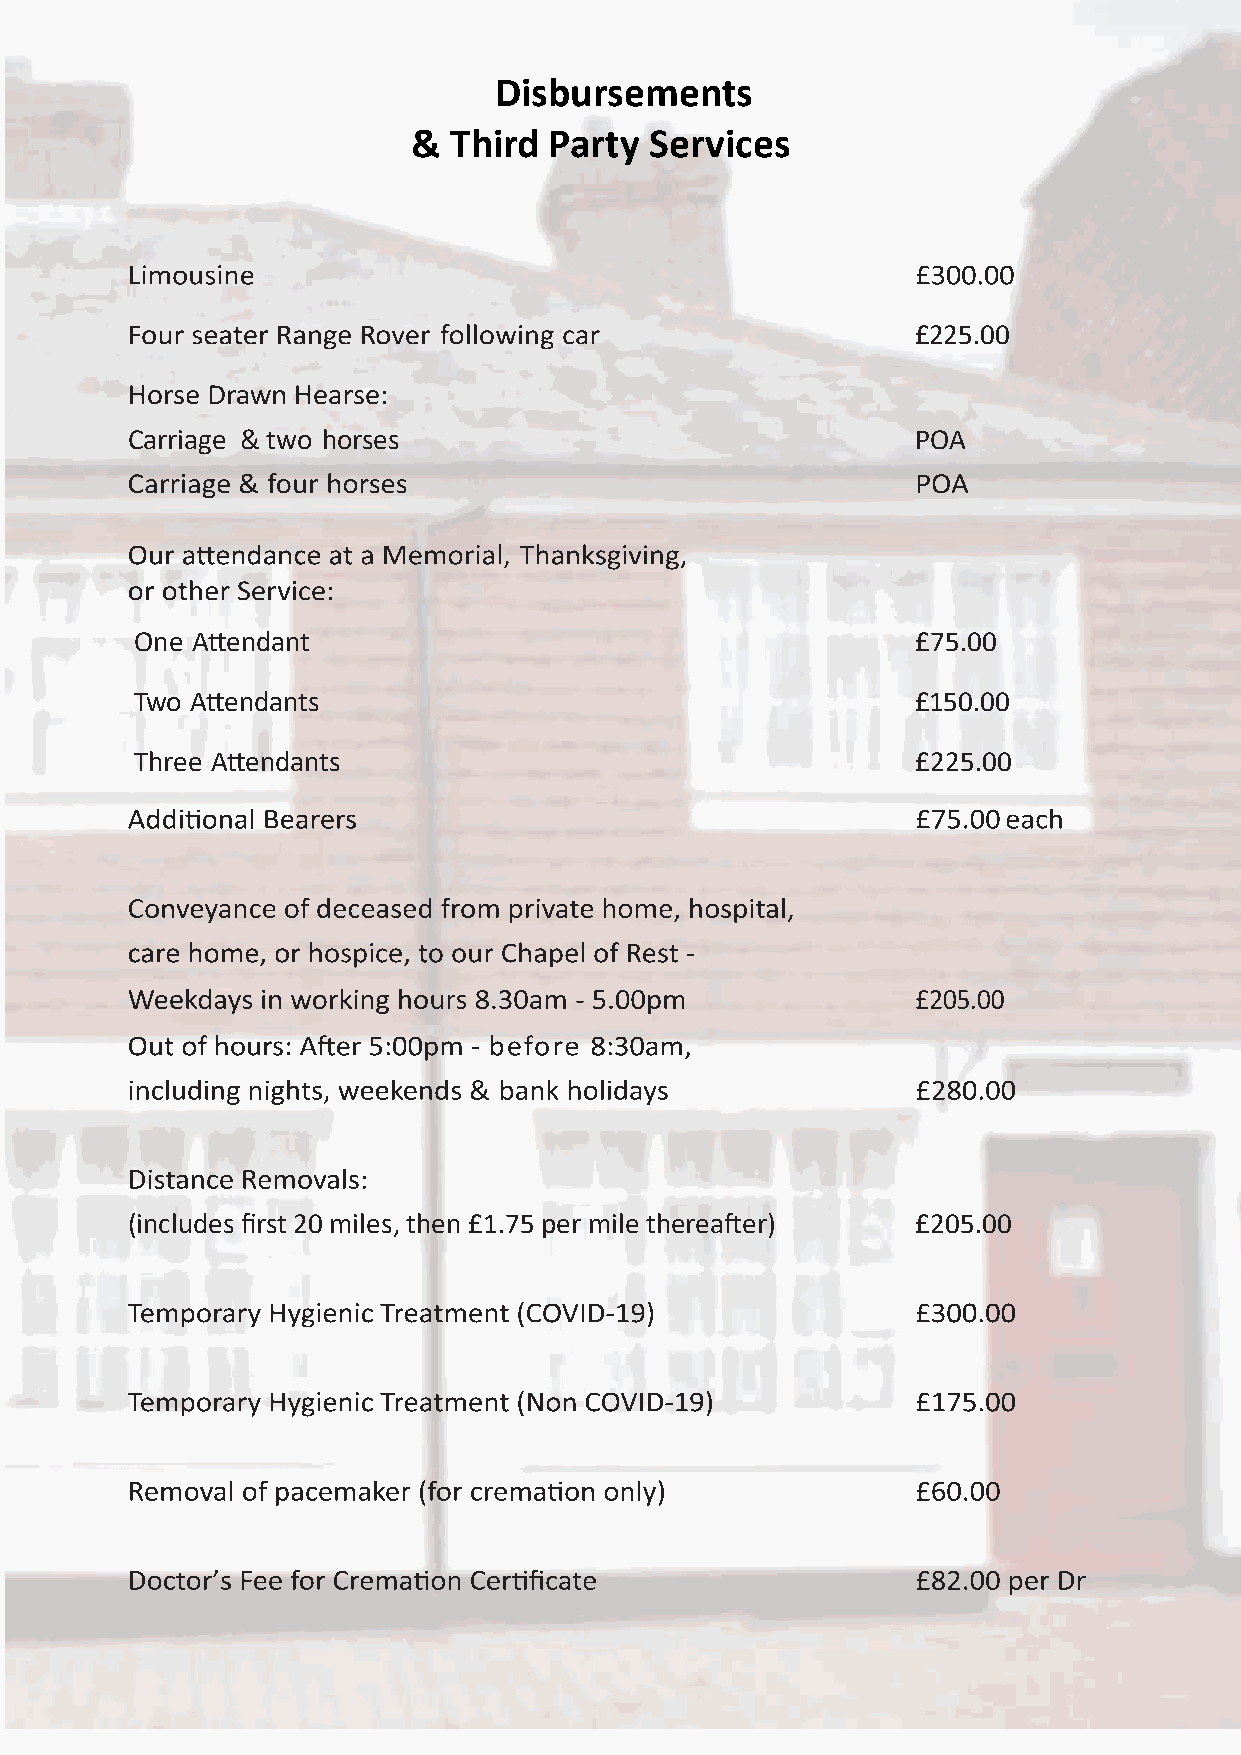
Disbursements
 &  Third Party  Services
 £225.00
 Carriage & two horses                                POA
 One Attendant                                       £75.00
 Two Attendants                                      £150.00
 Three Attendants                                    £225.00
 (includes first 20 miles, then £1.75 per mile thereafter) £205.00